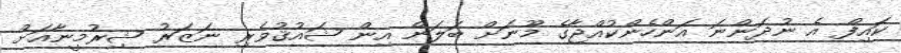
ކައިފް އެ ނުދަންނަ އަންހެންކުއްޖާގެ މޫނަށް ބަލަން އިން ޝައުޤުވެރި ނަޒަރު ޝިރުމީނާއަށް